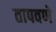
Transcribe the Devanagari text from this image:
तापवणे